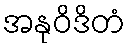
အနုဝိဒိတံ